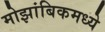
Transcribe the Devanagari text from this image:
मोझांबिकमध्ये